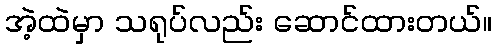
အဲ့ထဲမှာ သရုပ်လည်း ဆောင်ထားတယ်။